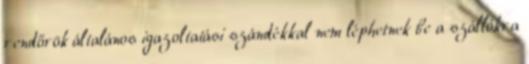
rendőrök általános igazoltatási szándékkal nem léphetnek be a szállókra